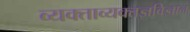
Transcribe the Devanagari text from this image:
व्यक्ताव्यक्तज्ञविज्ञान